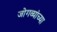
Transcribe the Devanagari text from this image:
जोगव्यांच्या